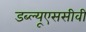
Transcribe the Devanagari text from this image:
डब्ल्यूएससीवी